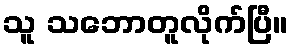
သူ သဘောတူလိုက်ပြီ။